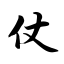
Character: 仗